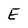
Character: E